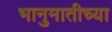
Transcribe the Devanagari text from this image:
भानुमातीच्या